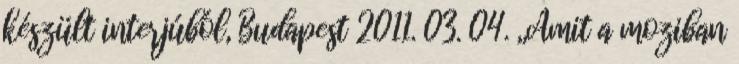
készült interjúból, Budapest 2011. 03. 04. ,,Amit a moziban